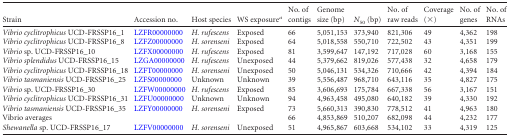
<table><thead><tr><td><b>Strain </b></td><td><b>Accession no.</b></td><td><b>Host species</b></td><td><b>WS exposure<sup>a</sup></b></td><td><b>No. of contigs</b></td><td><b>Genome size (bp)</b></td><td><b><i>N</i><sub>50</sub> (bp)</b></td><td><b>No. of raw reads</b></td><td><b>Coverage (×)</b></td><td><b>No. of genes</b></td><td><b>No. of RNAs</b></td></tr></thead><tbody><tr><td><i>Vibrio cyclitrophicus</i> UCD-FRSSP16_1</td><td>LZFR00000000</td><td><i>H. rufescens</i></td><td>Exposed</td><td>66</td><td>5,051,153</td><td>373,940</td><td>821,306</td><td>49</td><td>4,362</td><td>198</td></tr><tr><td><i>Vibrio cyclitrophicus</i> UCD-FRSSP16_8</td><td>LZFZ00000000</td><td><i>H. sorenseni</i></td><td>Exposed</td><td>64</td><td>5,018,558</td><td>550,710</td><td>722,502</td><td>43</td><td>4,351</td><td>199</td></tr><tr><td><i>Vibrio</i> sp. UCD-FRSSP16_10</td><td>LZFX00000000</td><td><i>H. rufescens</i></td><td>Exposed</td><td>81</td><td>3,599,647</td><td>147,192</td><td>717,028</td><td>60</td><td>3,168</td><td>155</td></tr><tr><td><i>Vibrio splendidus</i> UCD-FRSSP16_15</td><td>LZGA00000000</td><td><i>H. rufescens</i></td><td>Unexposed</td><td>44</td><td>5,379,662</td><td>819,026</td><td>577,438</td><td>32</td><td>4,658</td><td>179</td></tr><tr><td><i>Vibrio cyclitrophicus</i> UCD-FRSSP16_18</td><td>LZFT00000000</td><td><i>H. sorenseni</i></td><td>Unexposed</td><td>50</td><td>5,046,131</td><td>534,326</td><td>710,666</td><td>42</td><td>4,394</td><td>184</td></tr><tr><td><i>Vibrio tasmaniensis</i> UCD-FRSSP16_25</td><td>LZFS00000000</td><td>Unknown</td><td>Unknown</td><td>39</td><td>5,556,487</td><td>968,710</td><td>643,116</td><td>35</td><td>4,827</td><td>175</td></tr><tr><td><i>Vibrio</i> sp. UCD-FRSSP16_30</td><td>LZFW00000000</td><td><i>H. rufescens</i></td><td>Exposed</td><td>85</td><td>3,606,693</td><td>175,784</td><td>667,338</td><td>56</td><td>3,167</td><td>151</td></tr><tr><td><i>Vibrio cyclitrophicus</i> UCD-FRSSP16_31</td><td>LZFU00000000</td><td>Unknown</td><td>Unknown</td><td>94</td><td>4,963,458</td><td>495,080</td><td>640,182</td><td>39</td><td>4,330</td><td>192</td></tr><tr><td><i>Vibrio tasmaniensis</i> UCD-FRSSP16_35</td><td>LZFY00000000</td><td><i>H. sorenseni</i></td><td>Exposed</td><td>73</td><td>5,660,313</td><td>390,830</td><td>778,512</td><td>41</td><td>4,963</td><td>180</td></tr><tr><td>Vibrio averages</td><td></td><td></td><td></td><td>66</td><td>4,853,869</td><td>510,207</td><td>682,098</td><td>44</td><td>4,232</td><td>177</td></tr><tr><td><i>Shewanella</i> sp. UCD-FRSSP16_17</td><td>LZFV00000000</td><td><i>H. sorenseni</i></td><td>Unexposed</td><td>51</td><td>4,965,867</td><td>603,668</td><td>534,102</td><td>33</td><td>4,319</td><td>125</td></tr></tbody></table>